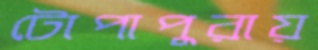
টোপাপুরায়